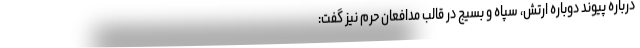
درباره پیوند دوباره ارتش، سپاه و بسیج در قالب مدافعان حرم نیز گفت: